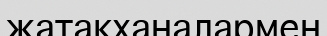
жатақханалармен